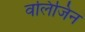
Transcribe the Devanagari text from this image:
वलिजिन